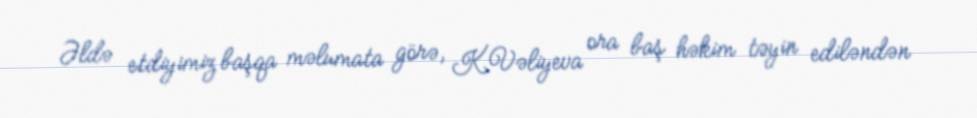
Əldə etdiyimiz başqa məlumata görə, K.Vəliyeva ora baş həkim təyin ediləndən